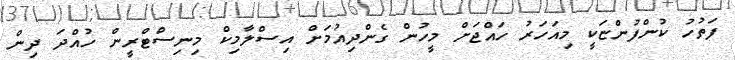
ފަތުހު ކުންފުންޏަކީ މިއަހަރު ހައްޖަށް މީހުން ގެންދިއުމަށް އިސްލާމިކް މިނިސްޓްރީން ހުއްދަ ދިން